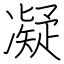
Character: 凝